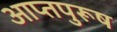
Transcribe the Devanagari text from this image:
आप्तपुरूष